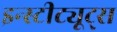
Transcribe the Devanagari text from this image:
इन्स्टीट्यूट्स